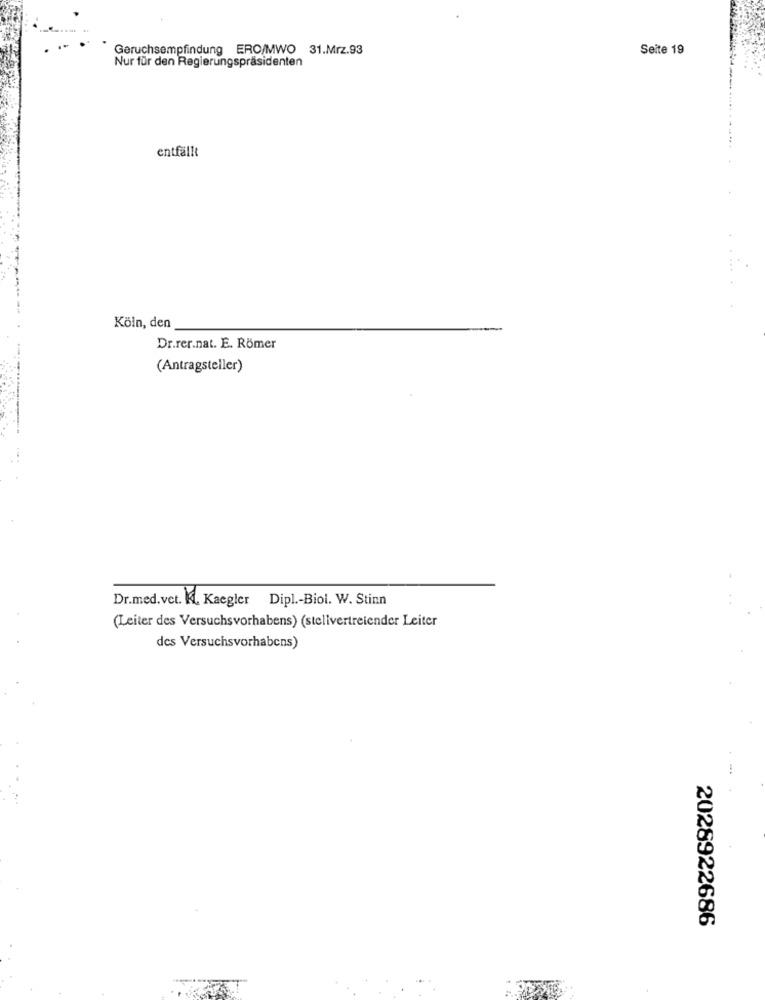
Geruchsempfindung ERO/MWO 31.Mrz.93
Seite 19
Nur für den Regierungspräsidenten
entfällt
Köln, den
Dr.rer.nat. E. Römer
(Antragsteller)
Dr.med.vet. K. Kaegler Dipl .- Biol. W. Stinn
(Leiter des Versuchsvorhabens) (stellvertretender Leiter
des Versuchsvorhabens)
2028922686